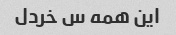
این همه س خردل